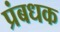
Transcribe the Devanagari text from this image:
प्रंबधक